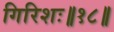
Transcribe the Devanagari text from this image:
गिरिशः॥१८॥